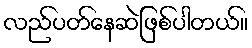
လည်ပတ်နေဆဲဖြစ်ပါတယ်။